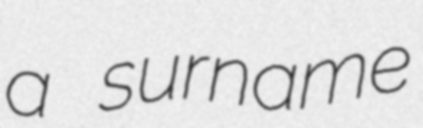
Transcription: a surname